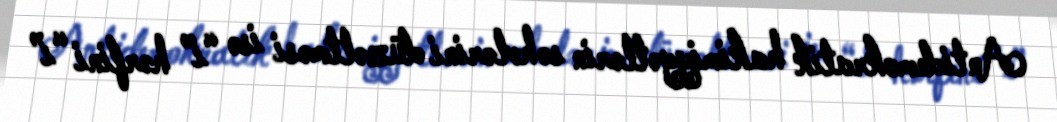
Antidemokratik hakimiyyətlərin səhvlərini düzəltməsi isə “i” hərfini “ı”